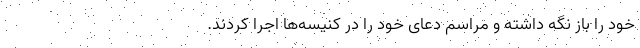
خود را باز نگه‌ داشته و مراسم دعای خود را در کنیسه‌ها اجرا کردند.